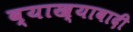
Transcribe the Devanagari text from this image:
व्याख्यावादी